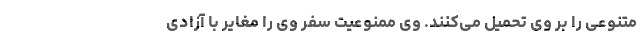
متنوعی را بر وی تحمیل می‌کنند. وی ممنوعیت سفر وی را مغایر با آزادی